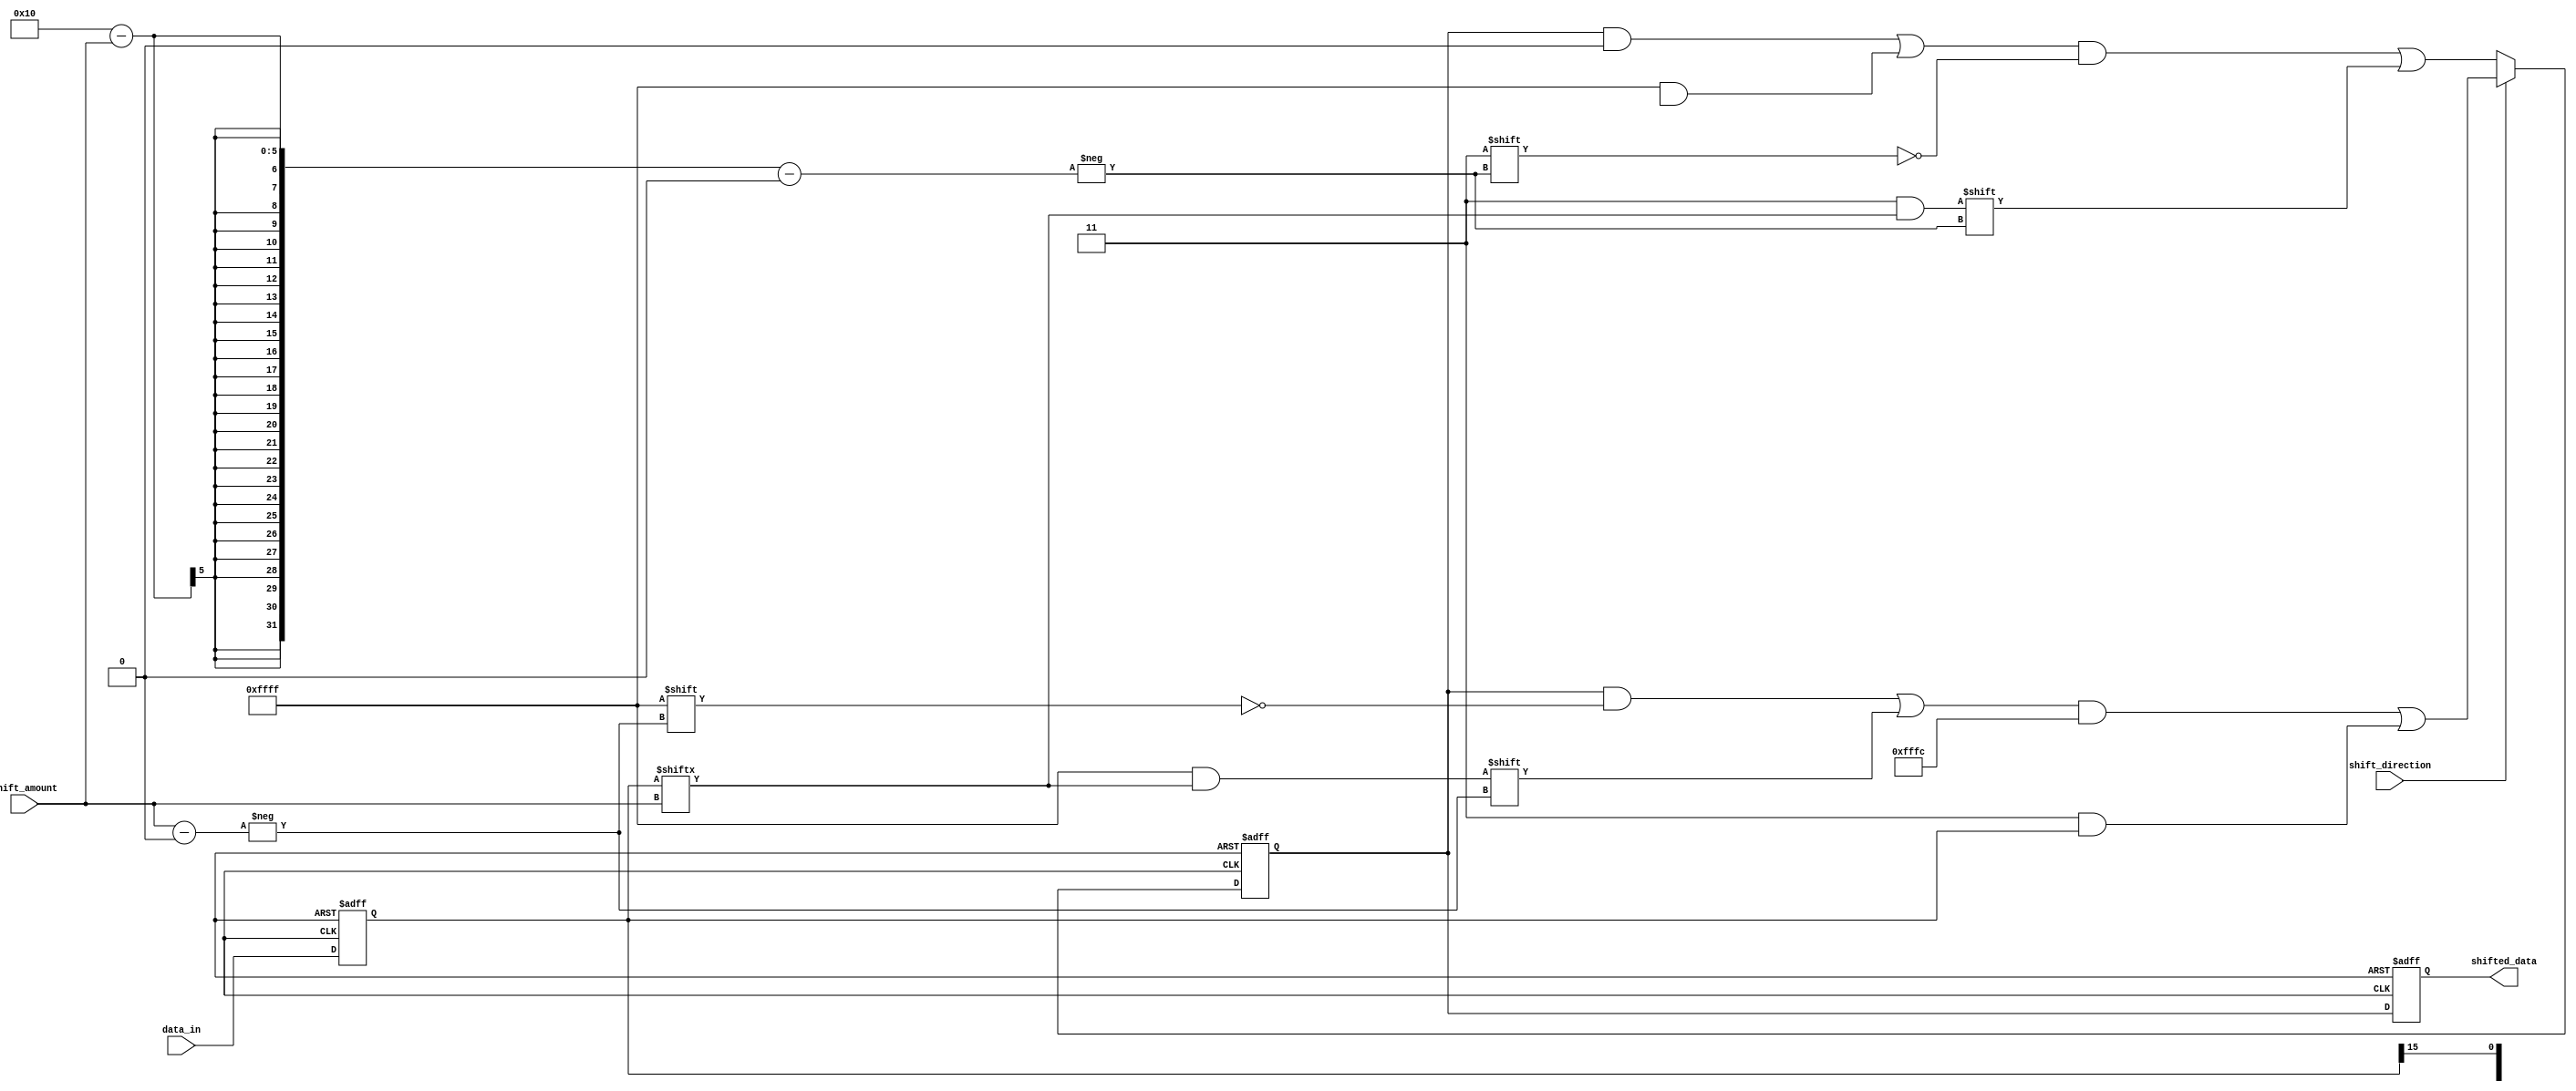
module barrel_shifter(
    input [15:0] data_in,
    input [3:0] shift_amount,
    input shift_direction,
    output [15:0] shifted_data
);

reg [15:0] data;
reg [15:0] temp_data;
reg [15:0] shifted_data_reg;

always @(posedge clk or posedge reset) begin
    if (reset) begin
        data <= 16'b0;
        temp_data <= 16'b0;
    end else begin
        data <= data_in;
        if (shift_direction) begin // Right shift
            temp_data[15:shift_amount] <= data[15:shift_amount];
            temp_data[shift_amount-1:0] <= data[15-shift_amount:0];
        end else begin // Left shift
            temp_data[15-shift_amount:0] <= data[shift_amount:15];
            temp_data[15:16-shift_amount] <= data[15:shift_amount];
        end
    end
end

always @(posedge clk or posedge reset) begin
    if (reset) begin
        shifted_data_reg <= 16'b0;
    end else begin
        shifted_data_reg <= temp_data;
    end
end

assign shifted_data = shifted_data_reg;

endmodule